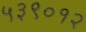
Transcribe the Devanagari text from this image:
५३९०१२